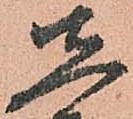
先